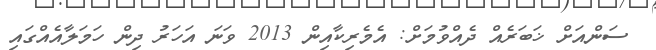
ސަންއަށް ޚަބަރެއް ދެއްވުމަށް: އެމެރިކާއިން 2013 ވަނަ އަހަރު ދިން ހަަމަލާއެއްގައި